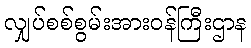
လျှပ်စစ်စွမ်းအားဝန်ကြီးဌာန